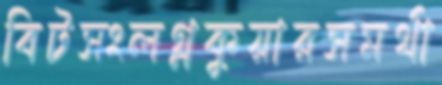
বিটসংলগ্নকুয়ারসমর্থা